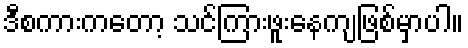
ဒီစကားကတော့ သင်ကြားဖူးနေကျဖြစ်မှာပါ။